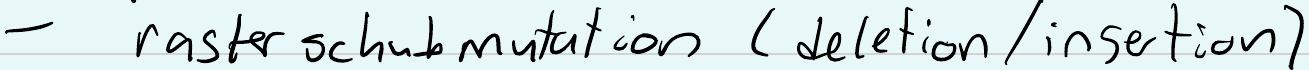
- raster schubmutation (deletion / insertion)